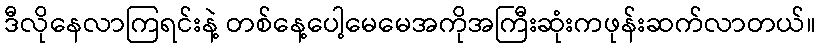
ဒီလိုနေလာကြရင်းနဲ့ တစ်နေ့ပေါ့မေမေအကိုအကြီးဆုံးကဖုန်းဆက်လာတယ်။